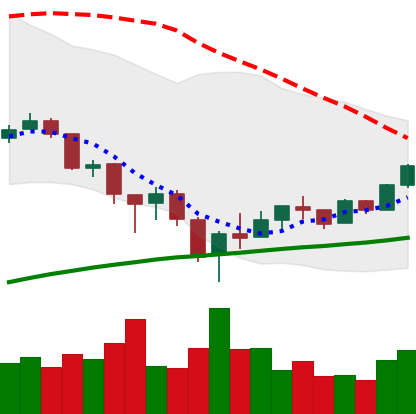
Ticker: BTC-USD
Chart end date: 2018-02-15
Forward return: 12.17%
Label: up_7plus